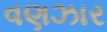
વણઝાર